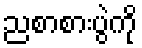
ညစာစားပွဲကို